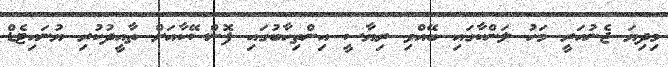
މިދިޔަ ޖެނުއަރީ މަހު ލަންކާގައި ބޭއްވި ރިޔާސީ އިންތިހާބުގައި ފޮންސޭކާއަށް ތާއީދުކުރި ޔުނައިޓެޑް